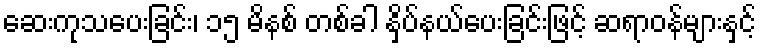
ဆေးကုသပေးခြင်း၊ ၁၅ မိနစ် တစ်ခါ နှိပ်နယ်ပေးခြင်းဖြင့် ဆရာဝန်များနှင့်